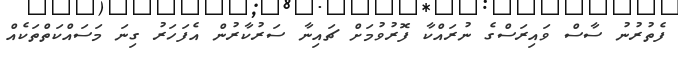
ފެތުރުނު ސާސް ވައިރަސްގެ ނުރައްކާ ފޮރުވުމަށް ޗައިނާ ސަރުކާރުން އެފަހަރު ގިނަ މަސައްކަތްތަކެއް